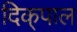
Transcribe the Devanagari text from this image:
दिक्‌पाल